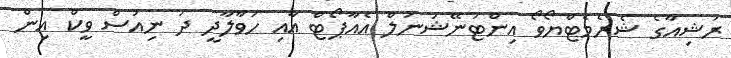
ރަޝިއާގެ ޝެރެމެޓްޔޯވޯ އިންޓަނޭޝަނަލް އެއާޕޯޓް އާއި ހަވާލާދީ ދަ ނިއުސް ވީކް އިން